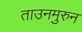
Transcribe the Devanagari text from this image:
ताउनमुरुन